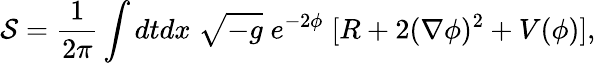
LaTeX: {\cal S}=\frac{1}{2\pi}\int dtdx\; \sqrt{-g}\; e^{-2\phi}\; [R+2(\nabla\phi)^{2}+V(\phi)],